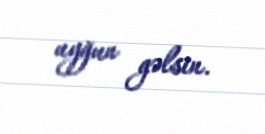
uyğun gəlsin.